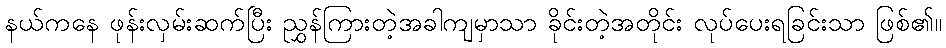
နယ်ကနေ ဖုန်းလှမ်းဆက်ပြီး ညွှန်ကြားတဲ့အခါကျမှာသာ ခိုင်းတဲ့အတိုင်း လုပ်ပေးရခြင်းသာ ဖြစ်၏။